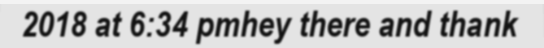
2018 at 6:34 pmhey there and thank